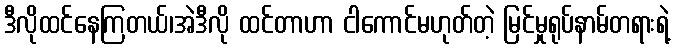
ဒီလိုထင်နေကြတယ်၊အဲဒီလို ထင်တာဟာ ငါကောင်မဟုတ်တဲ့ မြင်မှုရုပ်နာမ်တရားရဲ့